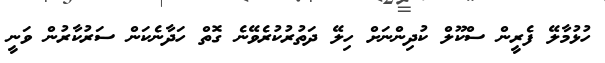
ހުޅުމާލޭ ފެރީން ސްކޫލް ކުދިންނަށް ހިލޭ ދަތުރުކުރެވޭނެ ގޮތް ހަދާނެކަން ސަރުކާރުން ވަނީ